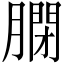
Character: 𦟼